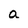
Character: a